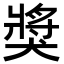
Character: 獎